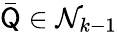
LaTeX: \bar{\mathsf Q}\in\mathcal N_{k-1}